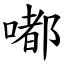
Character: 嘟